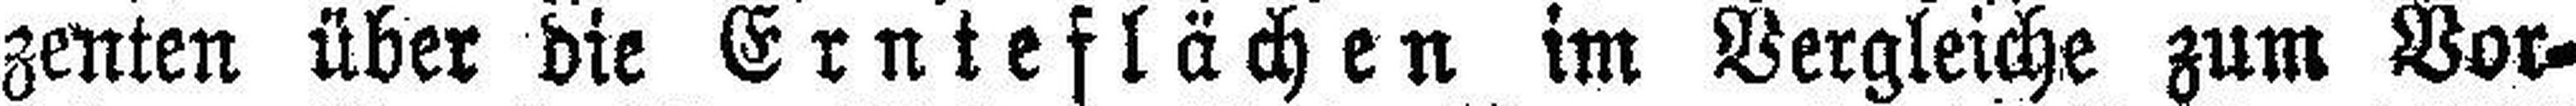
zenten über die Ernteflächen im Vergleiche zum Vor¬